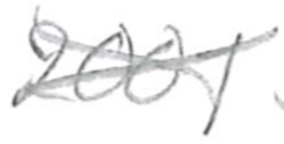
Text: 2001
Cross-out: cross
Writing tool: pencil